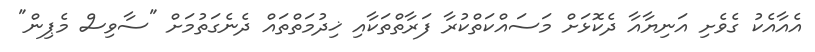
އެއާއެކު ގެވެށި އަނިޔާއާ ދެކޮޅަށް މަސައްކަތްކުރާ ފަރާތްތަކާއި ޚިދުމަތްތައް ދެނެގަތުމަށް "ސާވިސް މެޕިން"